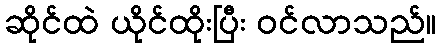
ဆိုင်ထဲ ယိုင်ထိုးပြီး ဝင်လာသည်။